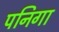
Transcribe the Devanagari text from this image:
पनिगा